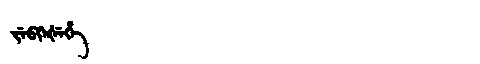
Manchu: ᠵᡝᠪᡴᡝᡧᡝᡥᡝ
Romanization: JEBKEŠEHE